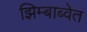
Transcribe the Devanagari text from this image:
झिम्बाब्वेत